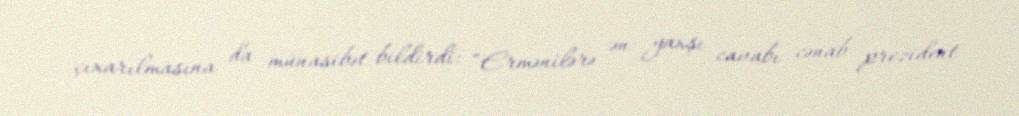
çıxarılmasına da münasibət bildirdi: “Ermənilərə ən yaxşı cavabı cənab prezident